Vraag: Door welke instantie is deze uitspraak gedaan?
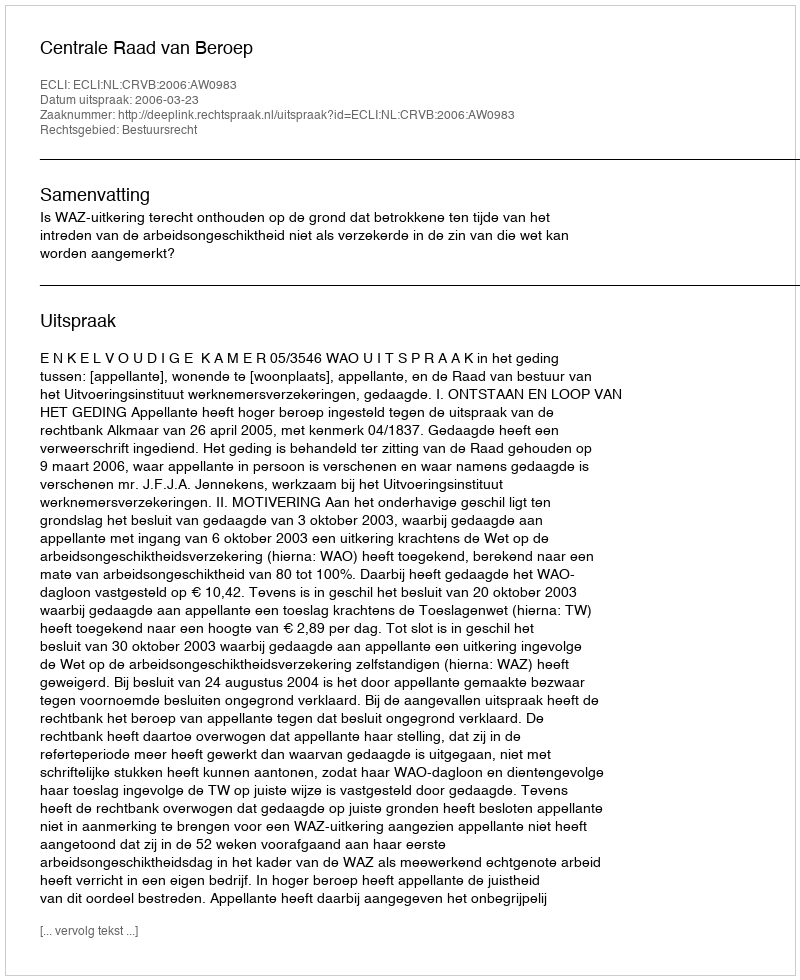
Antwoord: Centrale Raad van Beroep